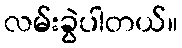
လမ်းခွဲပါတယ်။